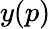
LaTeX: y(p)